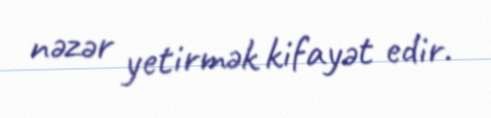
nəzər yetirmək kifayət edir.